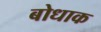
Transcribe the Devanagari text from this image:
बोधाक